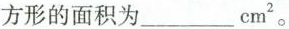
方形的面积为___cm^{2}。